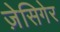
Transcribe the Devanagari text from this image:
ज़ेसिगेर